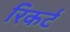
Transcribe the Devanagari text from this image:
रिकर्ट